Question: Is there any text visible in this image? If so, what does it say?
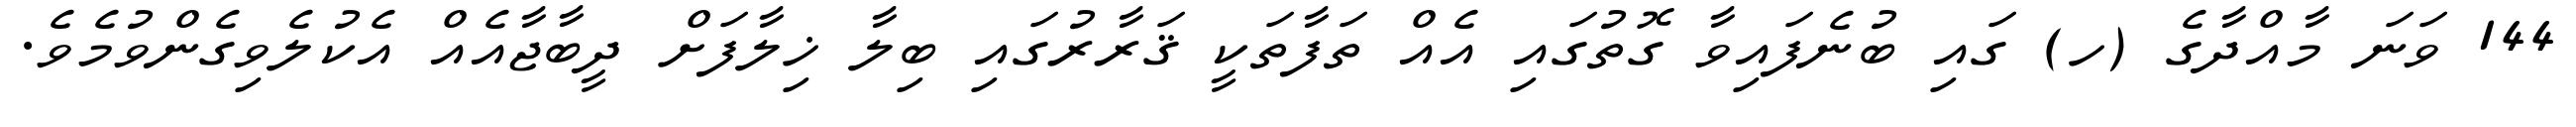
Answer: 144 ވަނަ މާއްދާގެ (ހ) ގައި ބުނެފައިވާ ގޮތުގައި އެއް ތަފާތަކީ ޤަރާރުގައި ބިލާ ޚިލާފަށް ދީބާޖާއެއް އެކުލެވިގެންވުމެވެ.